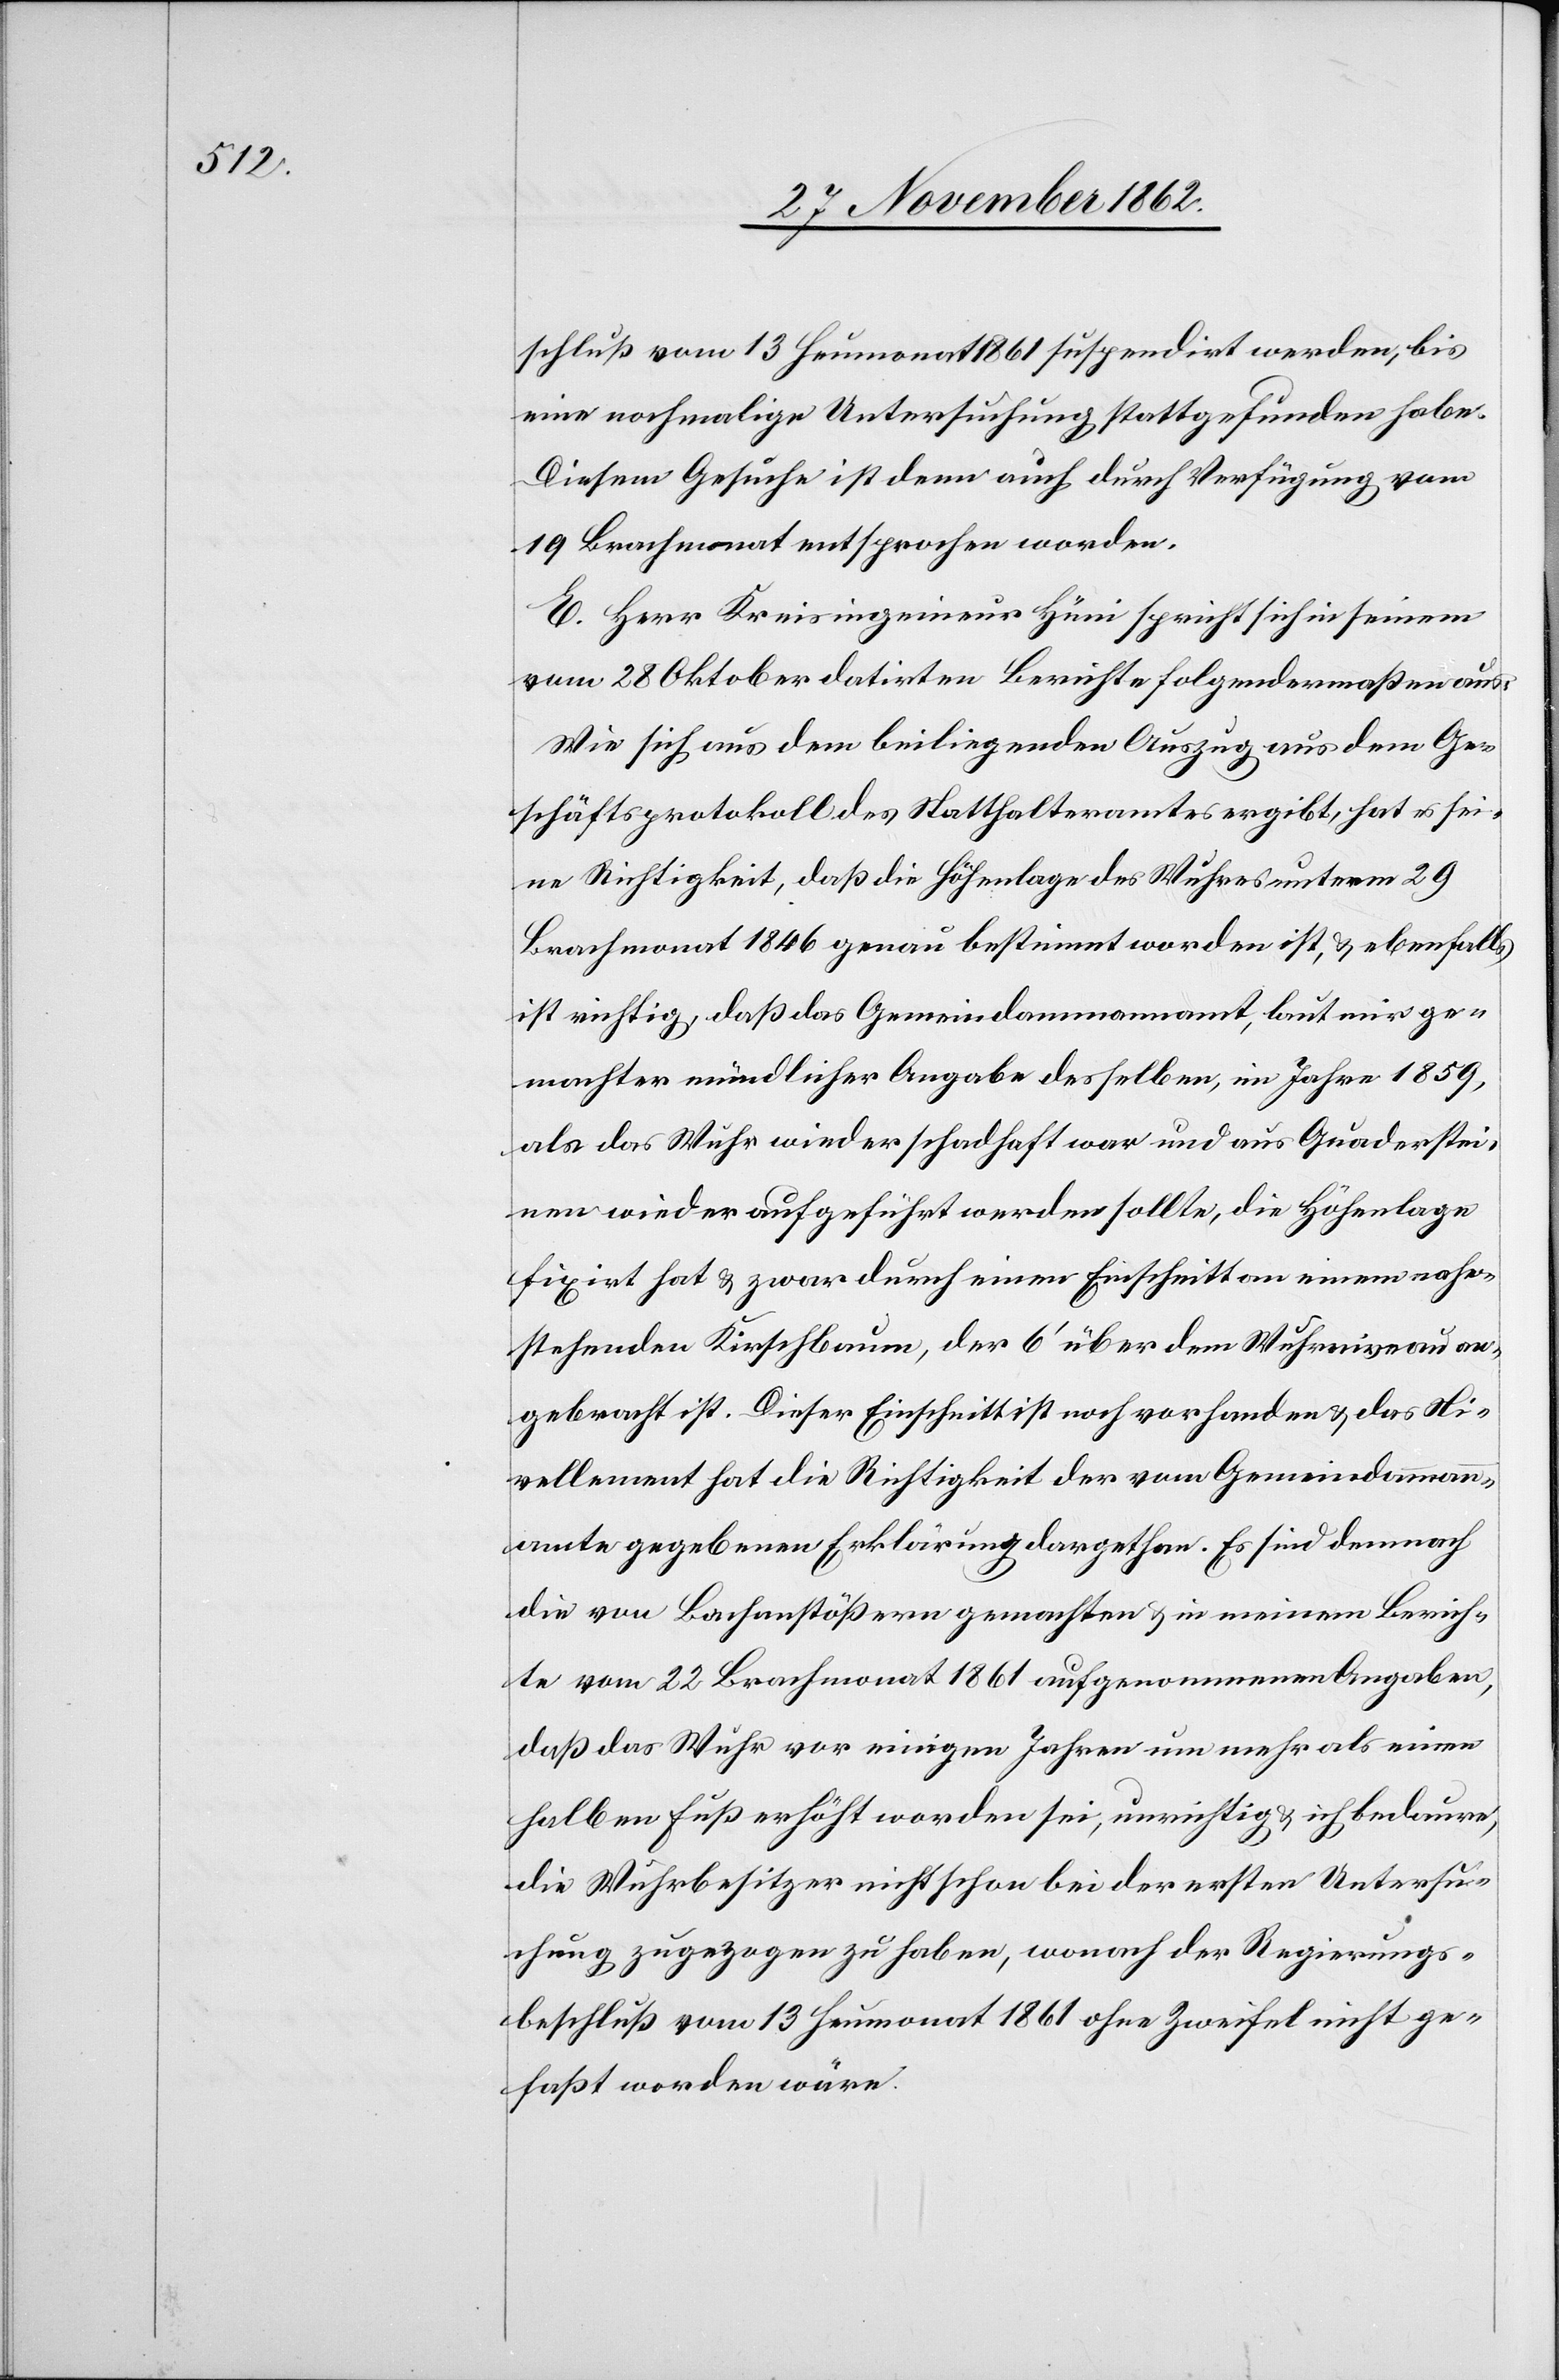
schluß vom 13. Heumonat 1861 suspendirt werden, bis
eine nochmalige Untersuchung stattgefunden habe.
Diesem Gesuche ist denn auch durch Verfügung vom
19. Brachmonat entsprochen worden.
E. Herr Kreisingenieur Hüni spricht sich in seinem
vom 28. Oktober datirten Berichte folgendermaßen aus:
Wie sich aus dem beiliegenden Auszug aus dem Ge¬
schäftsprotokoll des Statthalteramtes ergibt, hat es sei¬
ne Richtigkeit, daß die Höhenlage des Wuhres unterm 29.
Brachmonat 1846 genau bestimmt worden ist, u. ebenfalls
ist richtig, daß das Gemeindammannamt, laut mir ge¬
machter mündlicher Angabe desselben, im Jahre 1859,
als das Wuhr wieder schadhaft war und aus Quaderstei¬
nen wieder aufgeführt werden sollte, die Höhenlage
fixirt hat u. zwar durch einen Einschnitt an einem nahe¬
stehenden Kirschbaume, der 6’ über dem Wuhrniveau an¬
gebracht ist. Dieser Einschnitt ist noch vorhanden u. das Ni¬
vellement hat die Richtigkeit der vom Gemeindammann¬
amte gegebenen Erklärung dargethan. Es sind demnach
die von Bachanstößern gemachten u. in meinem Berich¬
te vom 22. Brachmonat 1861 aufgenommenen Angaben,
daß das Wuhr vor einigen Jahren um mehr als einen
halben Fuß erhöht worden sei, unrichtig u. ich bedaure,
die Wuhrbesitzer nicht schon bei der ersten Untersu¬
chung zugezogen zu haben, wonach der Regierungs¬
beschluß vom 13. Heumonat 1861 ohne Zweifel nicht ge¬
faßt worden wäre.